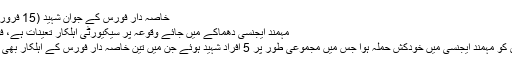
خاصہ دار فورس کے جوان شہید (15 فروری 2017)
مہمند ایجنسی دھماکے میں جائے وقوعہ پر سیکیورٹی اہلکار تعینات ہے، فوٹو/ اے پی
15 فروری کو مہمند ایجنسی میں خودکش حملہ ہوا جس میں مجموعی طور پر 5 افراد شہید ہوئے جن میں تین خاصہ دار فورس کے اہلکار بھی شامل تھے۔